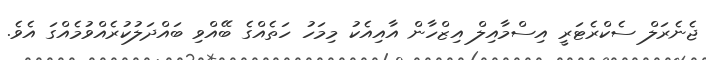
ޖެނެރަލް ސެކްރެޓަރީ އިސްމާއިލް އިޒްހާން އާއިއެކު މިމަހު ހަތެއްގެ ބޭއްވި ބައްދަލުކުރެއްވުމެއްގަ އެވެ.